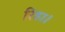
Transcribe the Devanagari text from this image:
रिहा।